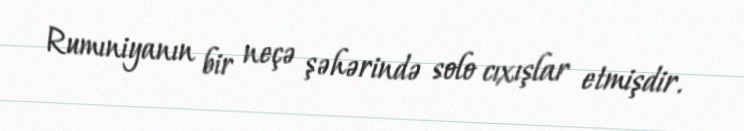
Rumıniyanın bir neçə şəhərində solo cıxışlar etmişdir.